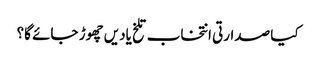
کیا صدارتی انتخاب تلخ یادیں چھوڑ جائے گا؟